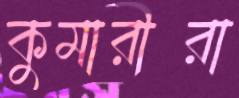
কুমারীরা